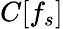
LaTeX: C[f_{s}]